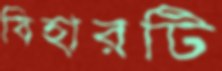
বিহারটি